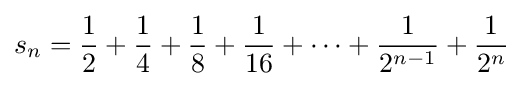
s_{n}={\frac {1}{2}}+{\frac {1}{4}}+{\frac {1}{8}}+{\frac {1}{16}}+\cdots +{\frac {1}{2^{n-1}}}+{\frac {1}{2^{n}}}